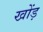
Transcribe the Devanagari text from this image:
खोंड़